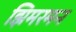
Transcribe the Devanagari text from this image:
झिमरमन